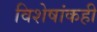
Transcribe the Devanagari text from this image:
विशेषांकही